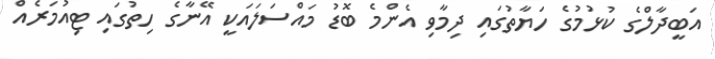
އަބީދާލްގެ ކުޅުމުގެ ހަޔާތުގައި ދިމާވި އެންމެ ބޮޑު މައްސަލައަކީ އޭނާގެ ހިތުގައި ޓިއުމަރެއް